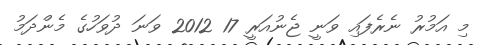
މި އަމުރު ނެރެފައި ވަނީ ޖެނުއަރީ 17 2012 ވަނަ ދުވަހުގެ މެންދަމު